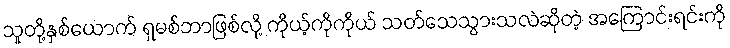
သူတို့နှစ်ယောက် ရှမစ်ဘာဖြစ်လို့ ကိုယ့်ကိုကိုယ် သတ်သေသွားသလဲဆိုတဲ့ အကြောင်းရင်းကို